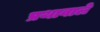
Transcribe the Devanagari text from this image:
प्रथावाले